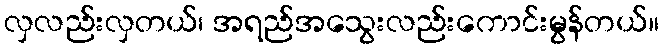
လှလည်းလှတယ်၊ အရည်အသွေးလည်းကောင်းမွန်တယ်။